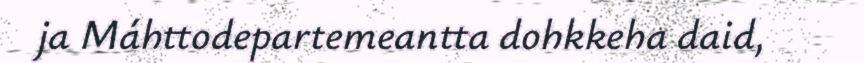
ja Máhttodepartemeantta dohkkeha daid,